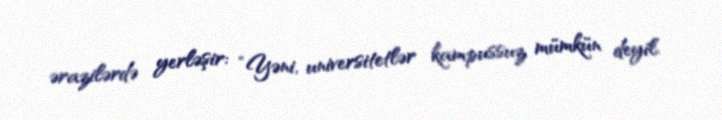
ərazilərdə yerləşir: “Yəni, universitetlər kampussuz mümkün deyil.